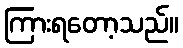
ကြားရတော့သည်။